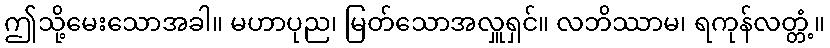
ဤသို့မေးသောအခါ။ မဟာပုည၊ မြတ်သောအလှူရှင်။ လဘိဿာမ၊ ရကုန်လတ္တံ့။